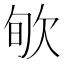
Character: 㰬